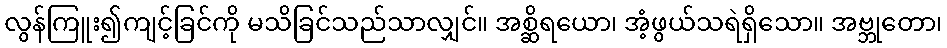
လွန်ကြူး၍ကျင့်ခြင်ကို မသိခြင်သည်သာလျှင်။ အစ္ဆိရယော၊ အံ့ဖွယ်သရဲရှိသော။ အဗ္ဘုတော၊